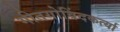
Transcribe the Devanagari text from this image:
गीतगोविंदकर्त्या